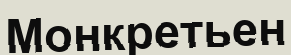
Монкретьен